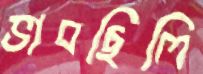
ভাবছিলি